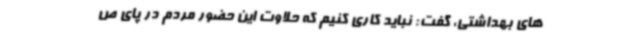
های بهداشتی، گفت: نباید کاری کنیم که حلاوت این حضور مردم در پای ص